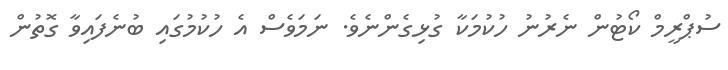
ސުޕްރީމް ކޯޓުން ނެރުނު ހުކުމަކާ ގުޅިގެންނެވެ. ނަމަވެސް އެ ހުކުމުގައި ބުނެފައިވާ ގޮތުން